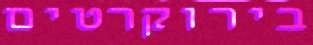
בירוקרטים